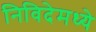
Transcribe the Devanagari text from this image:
निविदेमध्ये